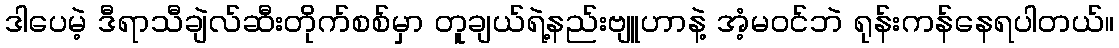
ဒါပေမဲ့ ဒီရာသီချဲလ်ဆီးတိုက်စစ်မှာ တူချယ်ရဲ့နည်းဗျူဟာနဲ့ အံ့မဝင်ဘဲ ရုန်းကန်နေရပါတယ်။